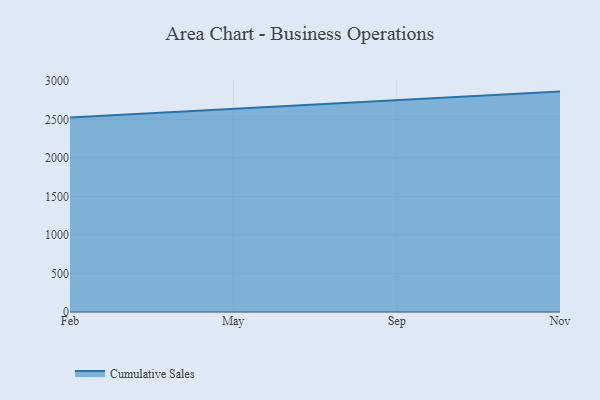
{"axis": {"x": "Month", "y": "Market Share (%)"}, "legend": ["Cumulative Sales"], "data": [{"x": "Feb", "y": 2523.5, "type": "Cumulative Sales"}, {"x": "May", "y": 2635.5, "type": "Cumulative Sales"}, {"x": "Sep", "y": 2757.2, "type": "Cumulative Sales"}, {"x": "Nov", "y": 2860.4, "type": "Cumulative Sales"}]}